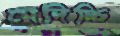
মেদিচ্চি